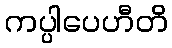
ကပ္ပါပေဟီတိ